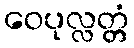
ဝေပုလ္လတ္တံ